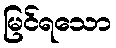
မြင်ရသော